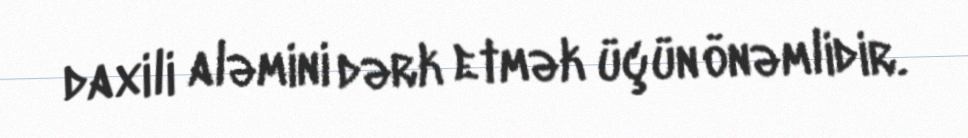
daxili aləmini dərk etmək üçün önəmlidir.